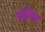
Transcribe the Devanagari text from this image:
भोगिक